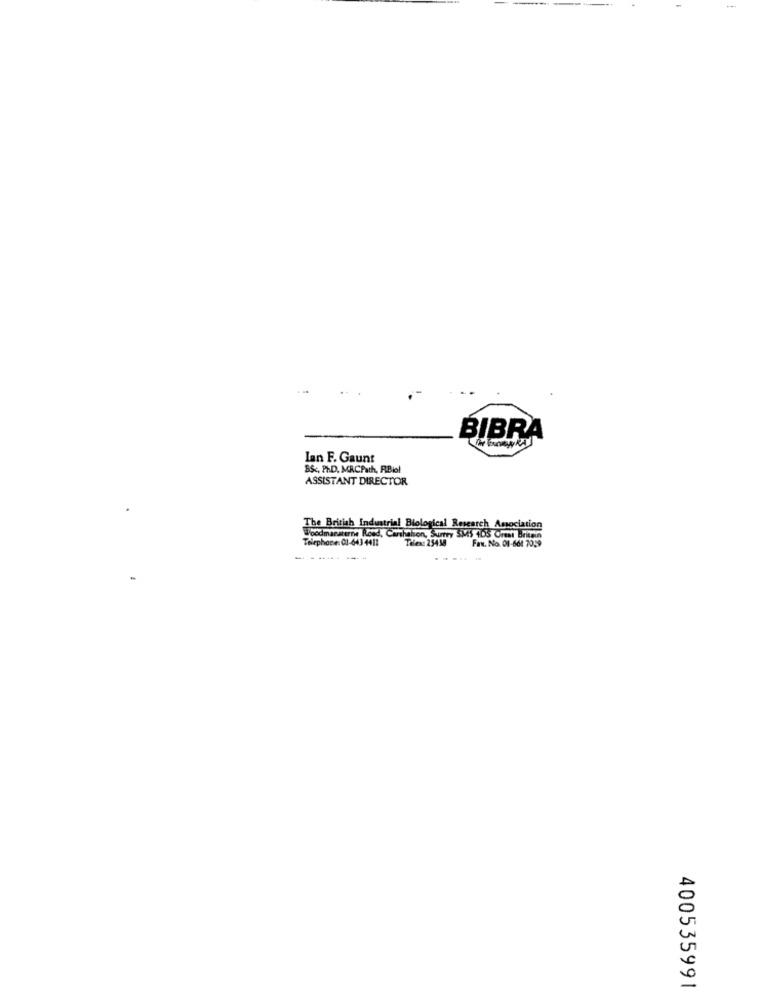
--
BIBRA
Ian F. Gaunt
B&c, PHD, MRCPath, RBiol
ASSISTANT DIRECTOR
The British Industrial Blological Research Association
Woodmansterne Road, Carshelton, Surrey SMS 105 Great Britain
Telephone: 01-643 4411
Telex: 25438
Fax. No. 01-661 7059
......
400535991